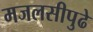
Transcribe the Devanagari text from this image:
मजलसीपुढे